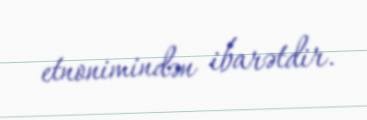
etnonimindən ibarətdir.